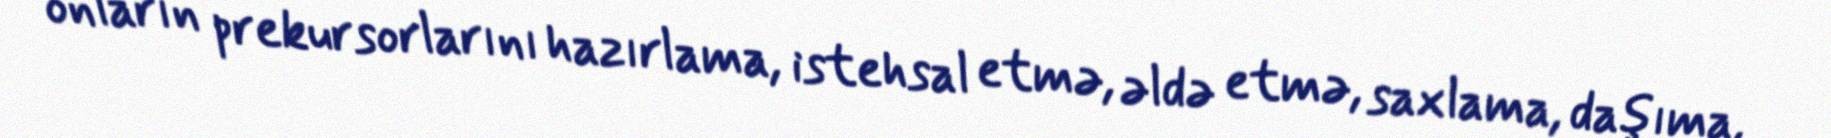
onların prekursorlarını hazırlama, istehsal etmə, əldə etmə, saxlama, daşıma,